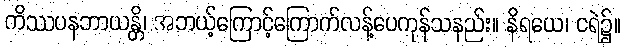
ကိဿပနဘာယန္တိ၊ အဘယ့်ကြောင့်ကြောက်လန့်ပေကုန်သနည်း။ နိရယေ၊ ငရဲ၌။